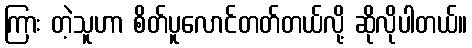
ကြား တဲ့သူဟာ စိတ်ပူလောင်တတ်တယ်လို့ ဆိုလိုပါတယ်။